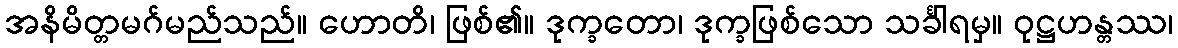
အနိမိတ္တမဂ်မည်သည်။ ဟောတိ၊ ဖြစ်၏။ ဒုက္ခတော၊ ဒုက္ခဖြစ်သော သင်္ခါရမှ။ ဝုဋ္ဌဟန္တဿ၊